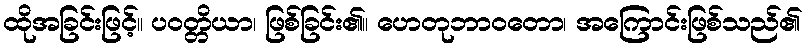
ထိုအခြင်းဖြင့်။ ပဝတ္တိယာ၊ ဖြစ်ခြင်း၏။ ဟေတုဘာဝတော၊ အကြောင်းဖြစ်သည်၏